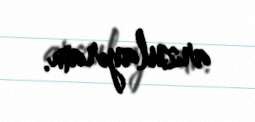
arzulayıram.